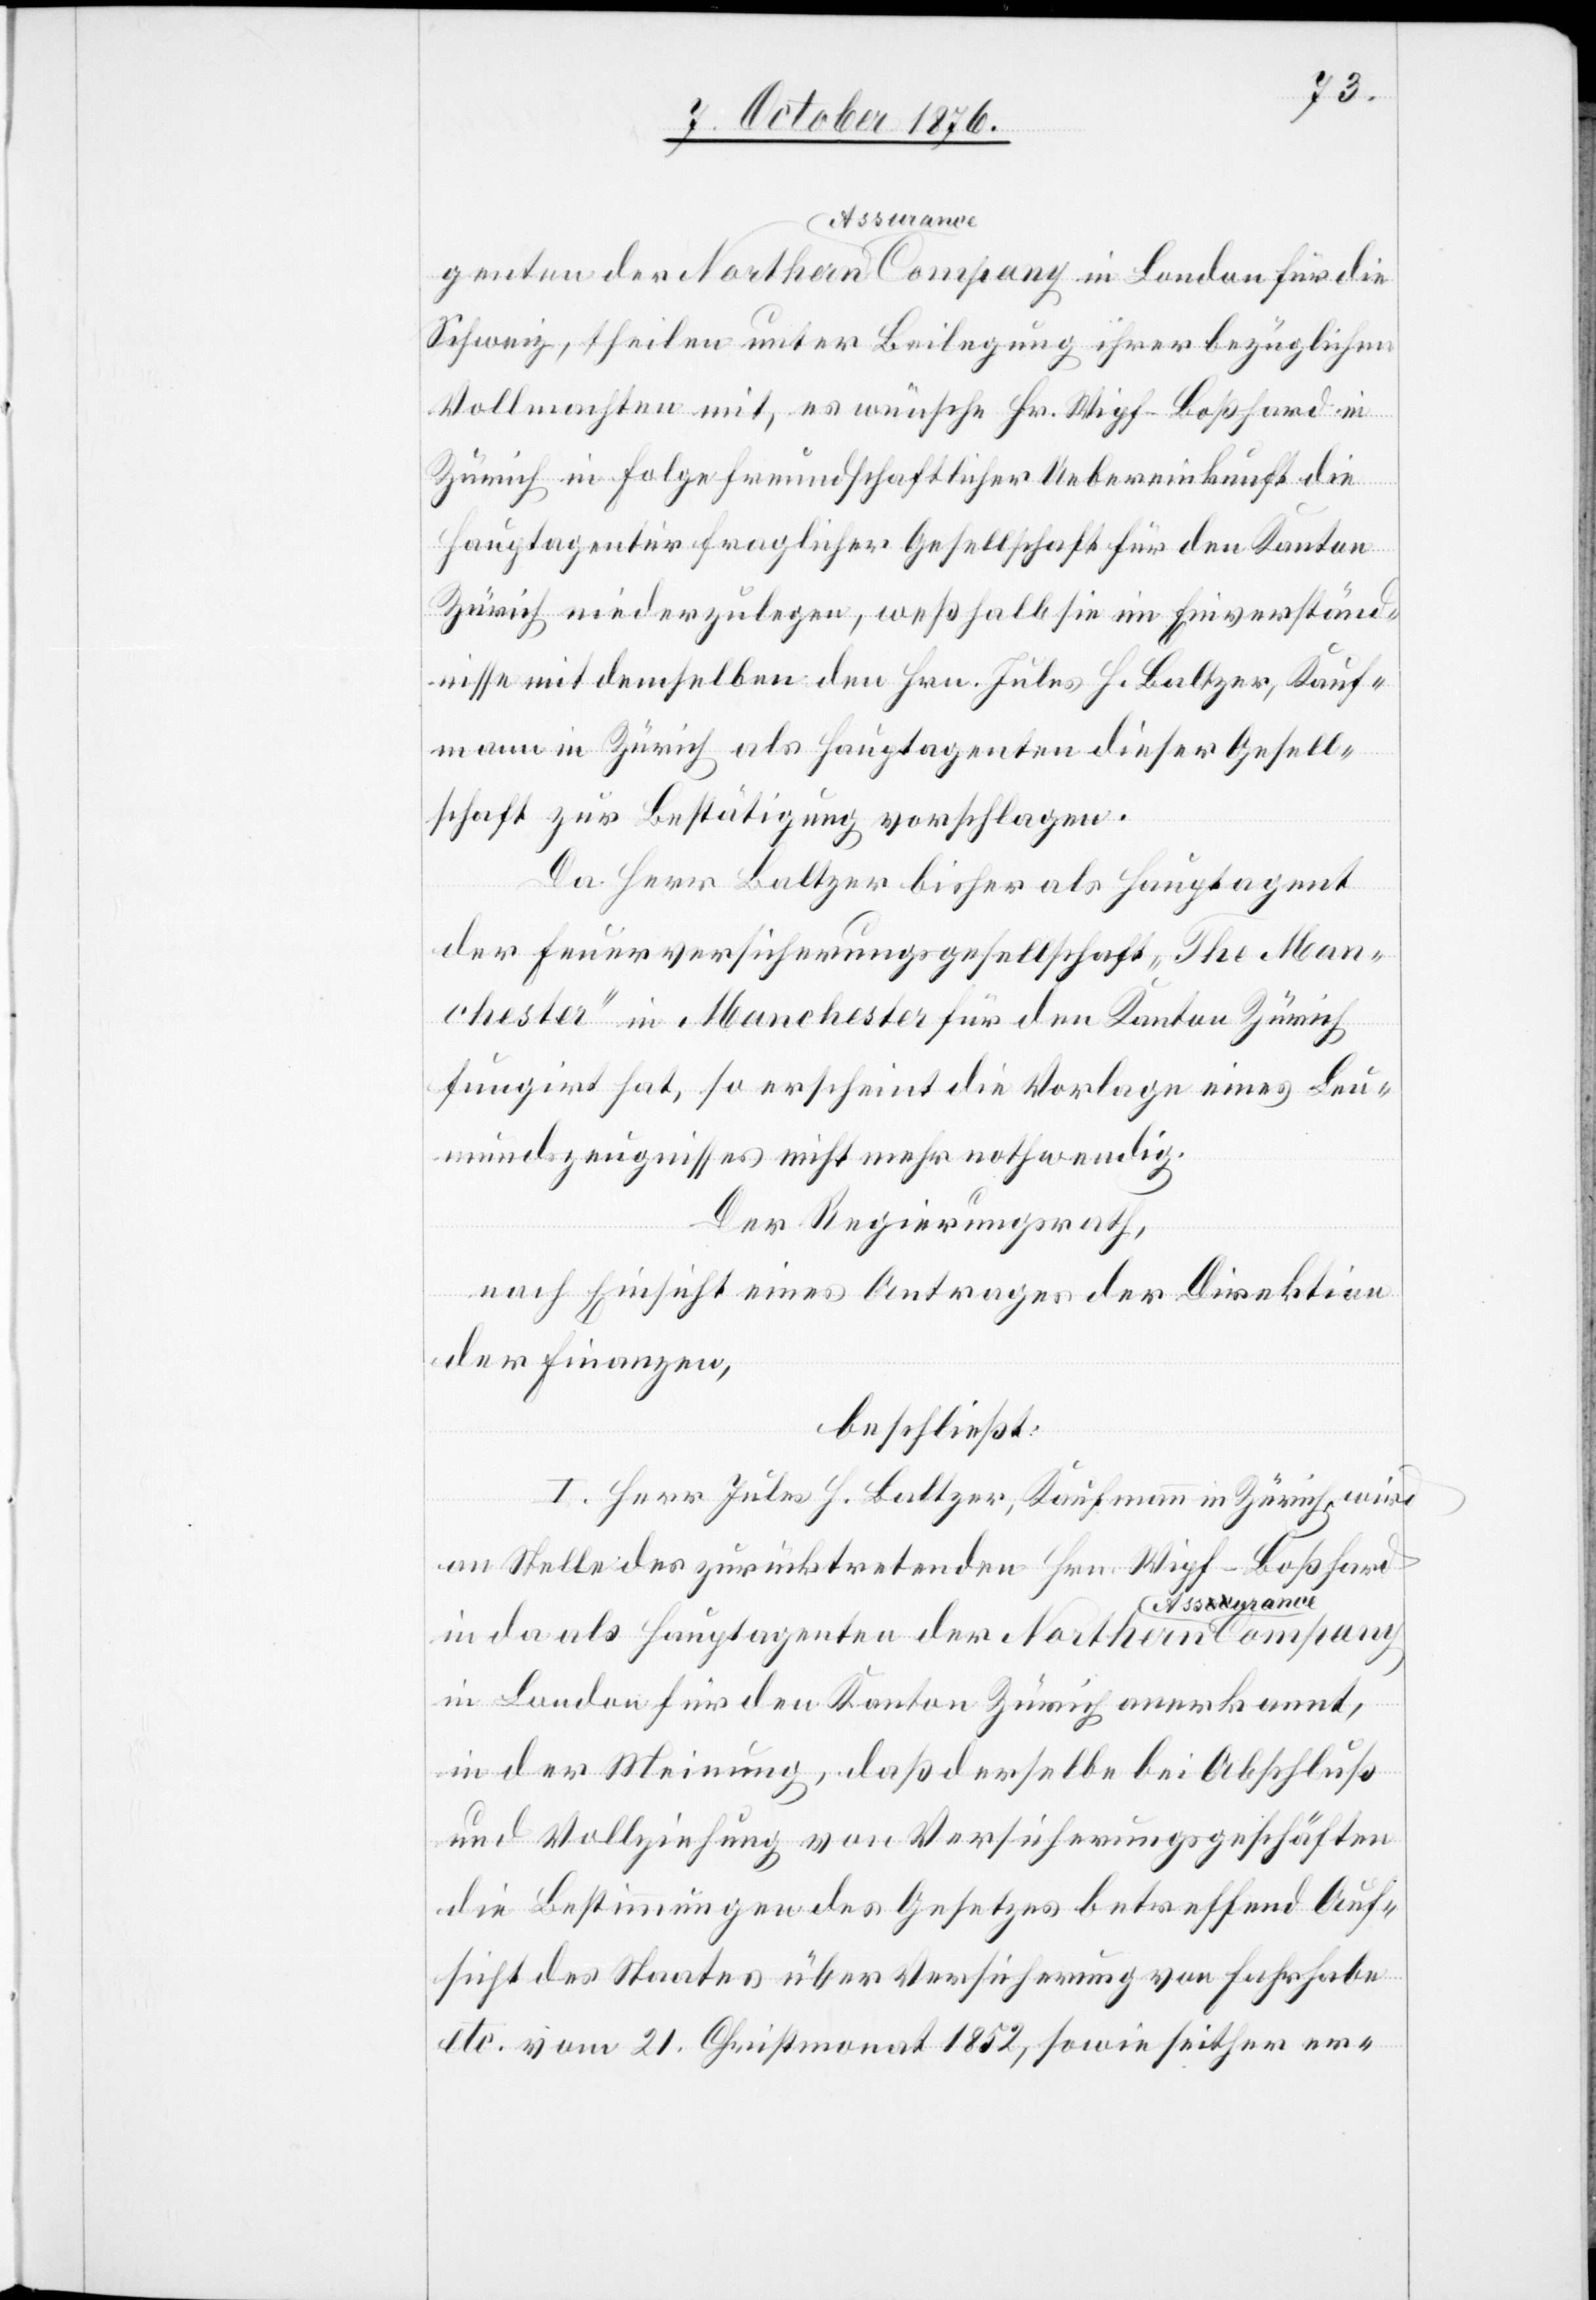
Schweiz, theilen unter Beilegung ihrer bezüglichen
Vollmachten mit, es wünsche Hr. Wipf-Boßhard in
Zürich in Folge freundschaftlicher Uebereinkunft die
Hauptagentur fraglicher Gesellschaft für den Kanton
Zürich niederzulegen, weßhalb sie im Einverständ¬
nisse mit demselben den Hrn. Jules H. Baltzer, Kauf¬
mann in Zürich als Hauptagenten dieser Gesell¬
schaft zur Bestätigung vorschlagen.
Da Herr Baltzer bisher als Hauptagent
der Feuerversicherungsgesellschaft „The Man¬
chester“ in Manchester für den Kanton Zürich
fungirt hat, so erscheint die Vorlage eines Leu¬
mundszeugnisses nicht mehr nothwendig.
Der Regierungsrath,
nach Einsicht eines Antrages der Direktion
der Finanzen,
beschließt:
I. Herr Jules H. Baltzer, Kaufmann in Zürich, wird
an Stelle des zurücktretenden Hrn. Wipf-Boßhard
in da als Hauptagenten der Northern a Assurance
in London für den Kanton Zürich anerkannt,
in der Meinung, daß derselbe bei Abschluß
und Vollziehung von Versicherungsgeschäften
die Bestimmungen des Gesetzes betreffend Auf¬
sicht des Staates über Versicherung von Fahrhabe
etc. vom 21. Christmonat 1852, sowie seither er-